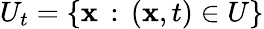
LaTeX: U_{t}=\{ \mathbf{x}\, :\, (\mathbf{x},t)\in U\}